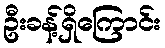
ဦးခန့်ရှိကြောင်း